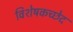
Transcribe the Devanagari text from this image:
विशेषकच्छेद